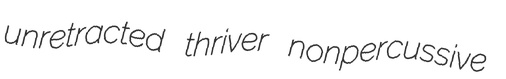
unretracted thriver nonpercussive